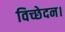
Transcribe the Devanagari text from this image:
विच्छेदन।